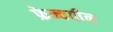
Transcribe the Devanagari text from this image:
फ्रेन्चबीन